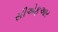
સીએફઆર